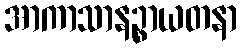
အာကာသာနဉ္စာယတနာ